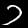
Label: 7